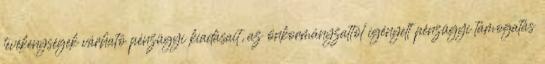
tevékenységek várható pénzügyi kiadásait, az önkormányzattól igényelt pénzügyi támogatás